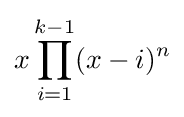
x\prod _{i=1}^{k-1}(x-i)^{n}